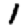
Digit: 1